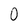
Character: 0